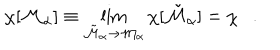
\chi [ { \cal M } _ { \alpha } ] \equiv \lim _ { { \tilde { \cal M } } _ { \alpha } \rightarrow { \cal M } _ { \alpha } } \chi [ { \tilde { \cal M } } _ { \alpha } ] = \chi .